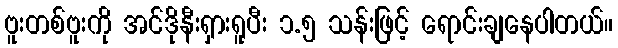
ဗူးတစ်ဗူးကို အင်ဒိုနီးရှားရူပီး ၁.၅ သန်းဖြင့် ရောင်းချနေပါတယ်။